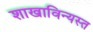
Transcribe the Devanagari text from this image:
शाखाविन्यस्त